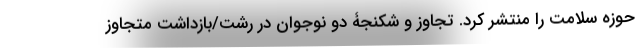
حوزه سلامت را منتشر کرد. تجاوز و شکنجۀ دو نوجوان در رشت/بازداشت متجاوز